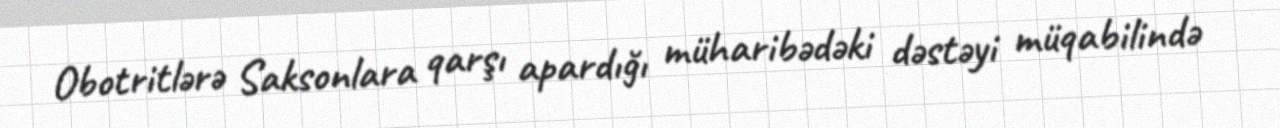
Obotritlərə Saksonlara qarşı apardığı müharibədəki dəstəyi müqabilində